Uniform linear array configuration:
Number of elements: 48
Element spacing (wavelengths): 0.75
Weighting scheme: binomial
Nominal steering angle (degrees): -15
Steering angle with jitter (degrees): -15.809
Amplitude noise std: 0.05
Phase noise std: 0.05

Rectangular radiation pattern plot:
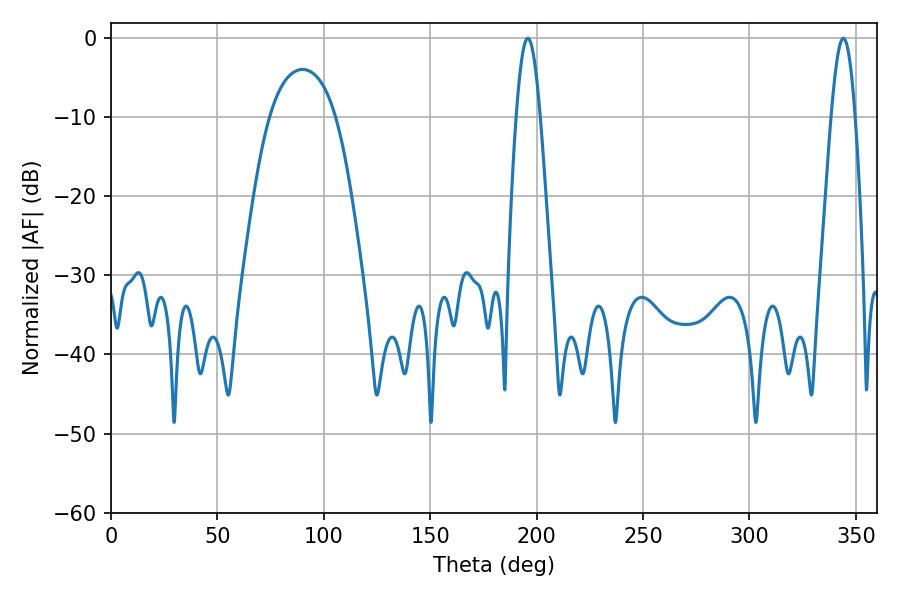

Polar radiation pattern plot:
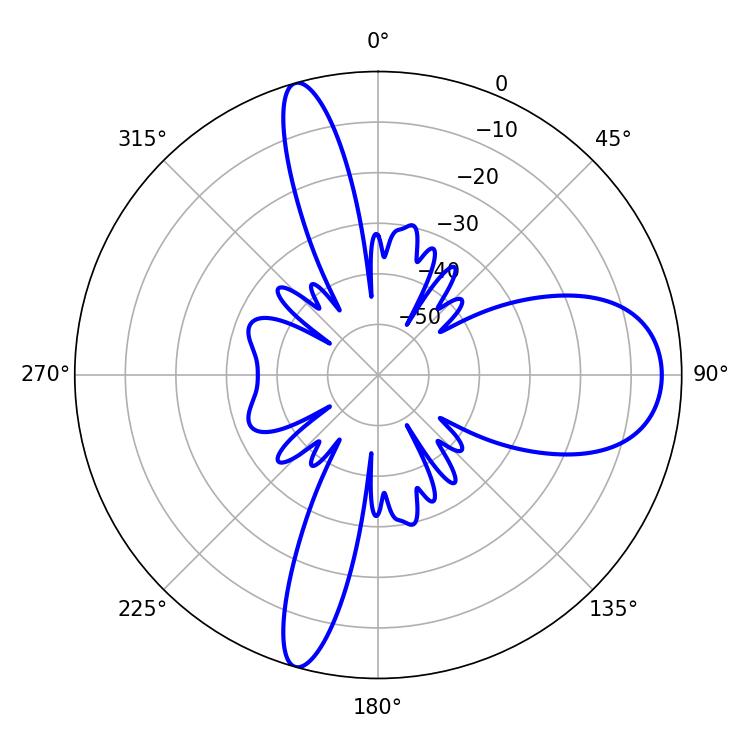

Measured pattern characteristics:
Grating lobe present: TRUE
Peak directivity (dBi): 13.001
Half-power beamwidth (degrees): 5.94
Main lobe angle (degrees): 195.84